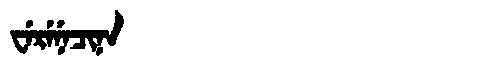
Manchu: ᠸᡝᡵᡝᠨᡝᠴᡳᠨᠠ
Romanization: WERENECINA